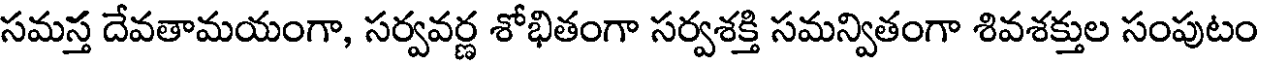
సమస్త దేవతామయంగా, సర్వవర్ణ శోభితంగా సర్వశక్తి సమన్వితంగా శివశక్తుల సంపుటం